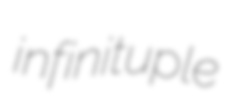
infinituple